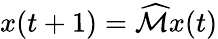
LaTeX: x(t+1)={\widehat{\mathcal{M}}}x(t)